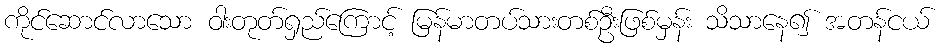
ကိုင်ဆောင်လာသော ဝါးတုတ်ရှည်ကြောင့် မြန်မာတပ်သားတစ်ဦးဖြစ်မှန်း သိသာနေ၍ အတန်ငယ်